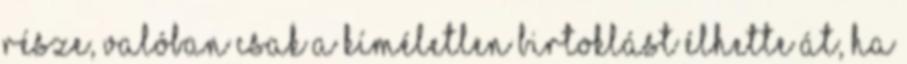
része, valóban csak a kíméletlen birtoklást élhette át, ha